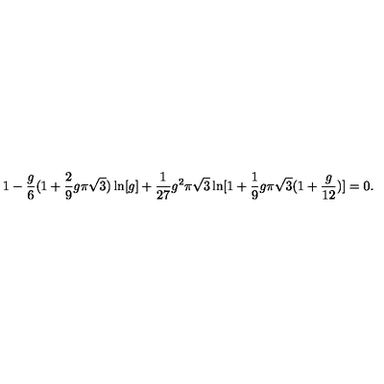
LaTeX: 1 - { \frac { g } { 6 } } ( 1 + { \frac { 2 } { 9 } } g \pi \sqrt { 3 } ) \ln [ g ] + { \frac { 1 } { 2 7 } } g ^ { 2 } \pi \sqrt { 3 } \ln [ 1 + { \frac { 1 } { 9 } } g \pi \sqrt { 3 } ( 1 + { \frac { g } { 1 2 } } ) ] = 0 .